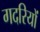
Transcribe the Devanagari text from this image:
गदरियों